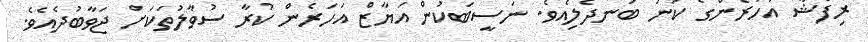
ރިފާޝާ އަހަރެންގެ ކަނު ބަނދެލިއެވެ. ނަސީބަކުން އަޔާޒް އަހަރެން ކުރާ ސުވާލުތަކަށް ޖަވާބުދެއެވެ.